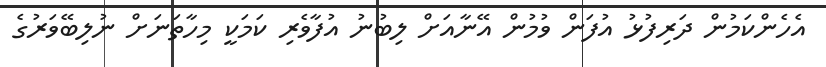
އެހެންކަމުން ދަރިފުޅު އުފަން ވުމުން އޭނާއަށް ލިބުނު އުފާވެރި ކަމަކީ މިހާތަނަށް ނުލިބޭވަރުގެ